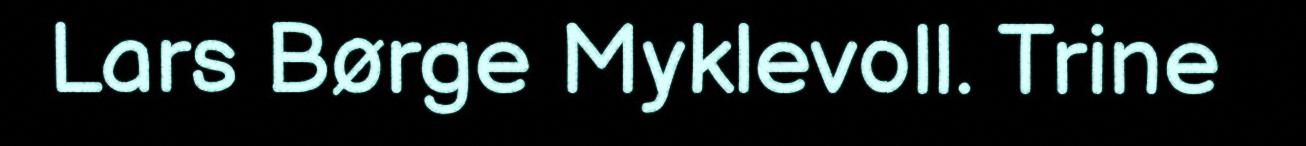
Lars Børge Myklevoll. Trine